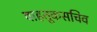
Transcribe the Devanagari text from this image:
वाहतूकसचिव